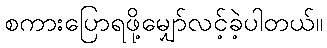
စကားပြောရဖို့မျှော်လင့်ခဲ့ပါတယ်။